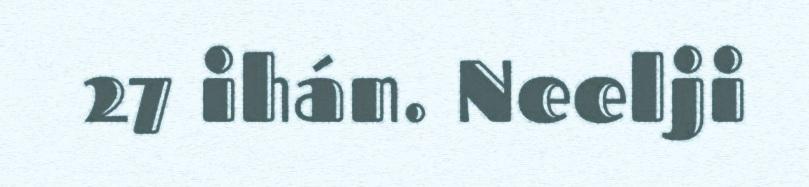
27 ihán. Neelji